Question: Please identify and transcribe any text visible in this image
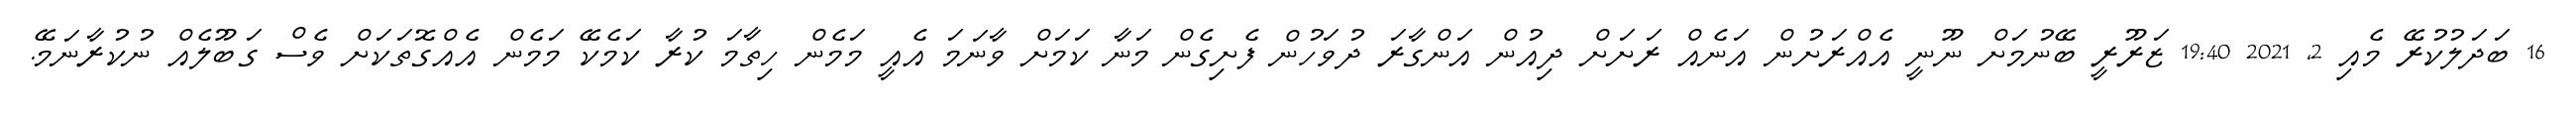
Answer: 16 ބަދަލުކުރޭ މެއި 2, 2021 19:40 ޒަރޫރީ ބޭނުމަށް ނޫނީ އެއްރަށުން އަނެއް ރަށަށް ދިއުން އަންގާރަ ދުވަހުން ފެށިގެން މަނާ ކަމަށް ވާނަމަ އެއީ މަމެން ހިތާމަ ކުރާ ކަމެކޭ މަމެން އެއްގޮތަކަށް ވެސް ގަބޫލެއް ނުކުރާނަމޭ.